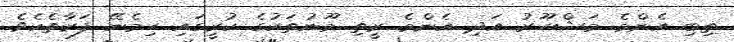
ތިބި އެންމެ މަޝްހޫރު އަދި އެންމެ ރީތި މޫނުތަކުގެ ކުރީގައި ހިމެނޭ ފަރާތެކެވެ.